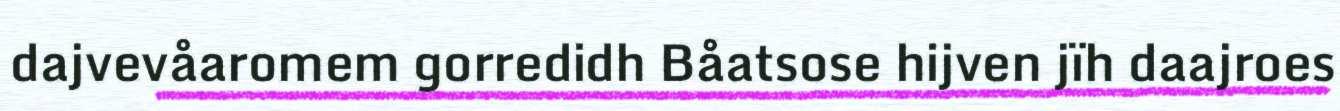
dajvevåaromem gorredidh Båatsose hijven jïh daajroes